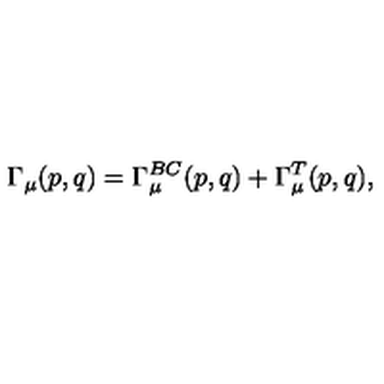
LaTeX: \Gamma _ { \mu } ( p , q ) = \Gamma _ { \mu } ^ { B C } ( p , q ) + \Gamma _ { \mu } ^ { T } ( p , q ) ,